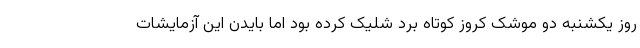
روز یکشنبه دو موشک کروز کوتاه برد شلیک کرده بود اما بایدن این آزمایشات